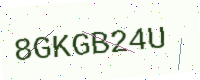
Text: 8GKGB24U